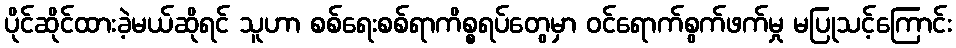
ပိုင်ဆိုင်ထားခဲ့မယ်ဆိုရင် သူဟာ စစ်ရေးစစ်ရာကိစ္စရပ်တွေမှာ ဝင်ရောက်စွက်ဖက်မှု မပြုသင့်ကြောင်း